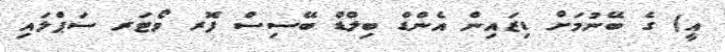
އީ) ގެ ބޭނުމަށް ޑިޒައިން އެންޑް ބިލްޑް ބޭސިސް ފޮރ ވޯޓަރ ސަޕްލައި